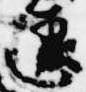
違